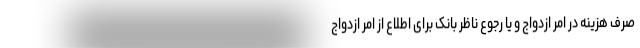
صرف هزینه در امر ازدواج و یا رجوع ناظر بانک برای اطلاع از امر ازدواج